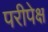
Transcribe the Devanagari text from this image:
परीपेक्ष